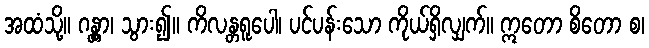
အထံသို့။ ဂန္တွာ၊ သွား၍။ ကိလန္တရူပေါ၊ ပင်ပန်းသော ကိုယ်ရှိလျှက်။ ဣတော စိတော စ၊